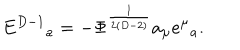
E ^ { D - 1 } { } _ { a } = - \Phi ^ { \frac { 1 } { 2 ( D - 2 ) } } a _ { \mu } e ^ { \mu } { } _ { a } .